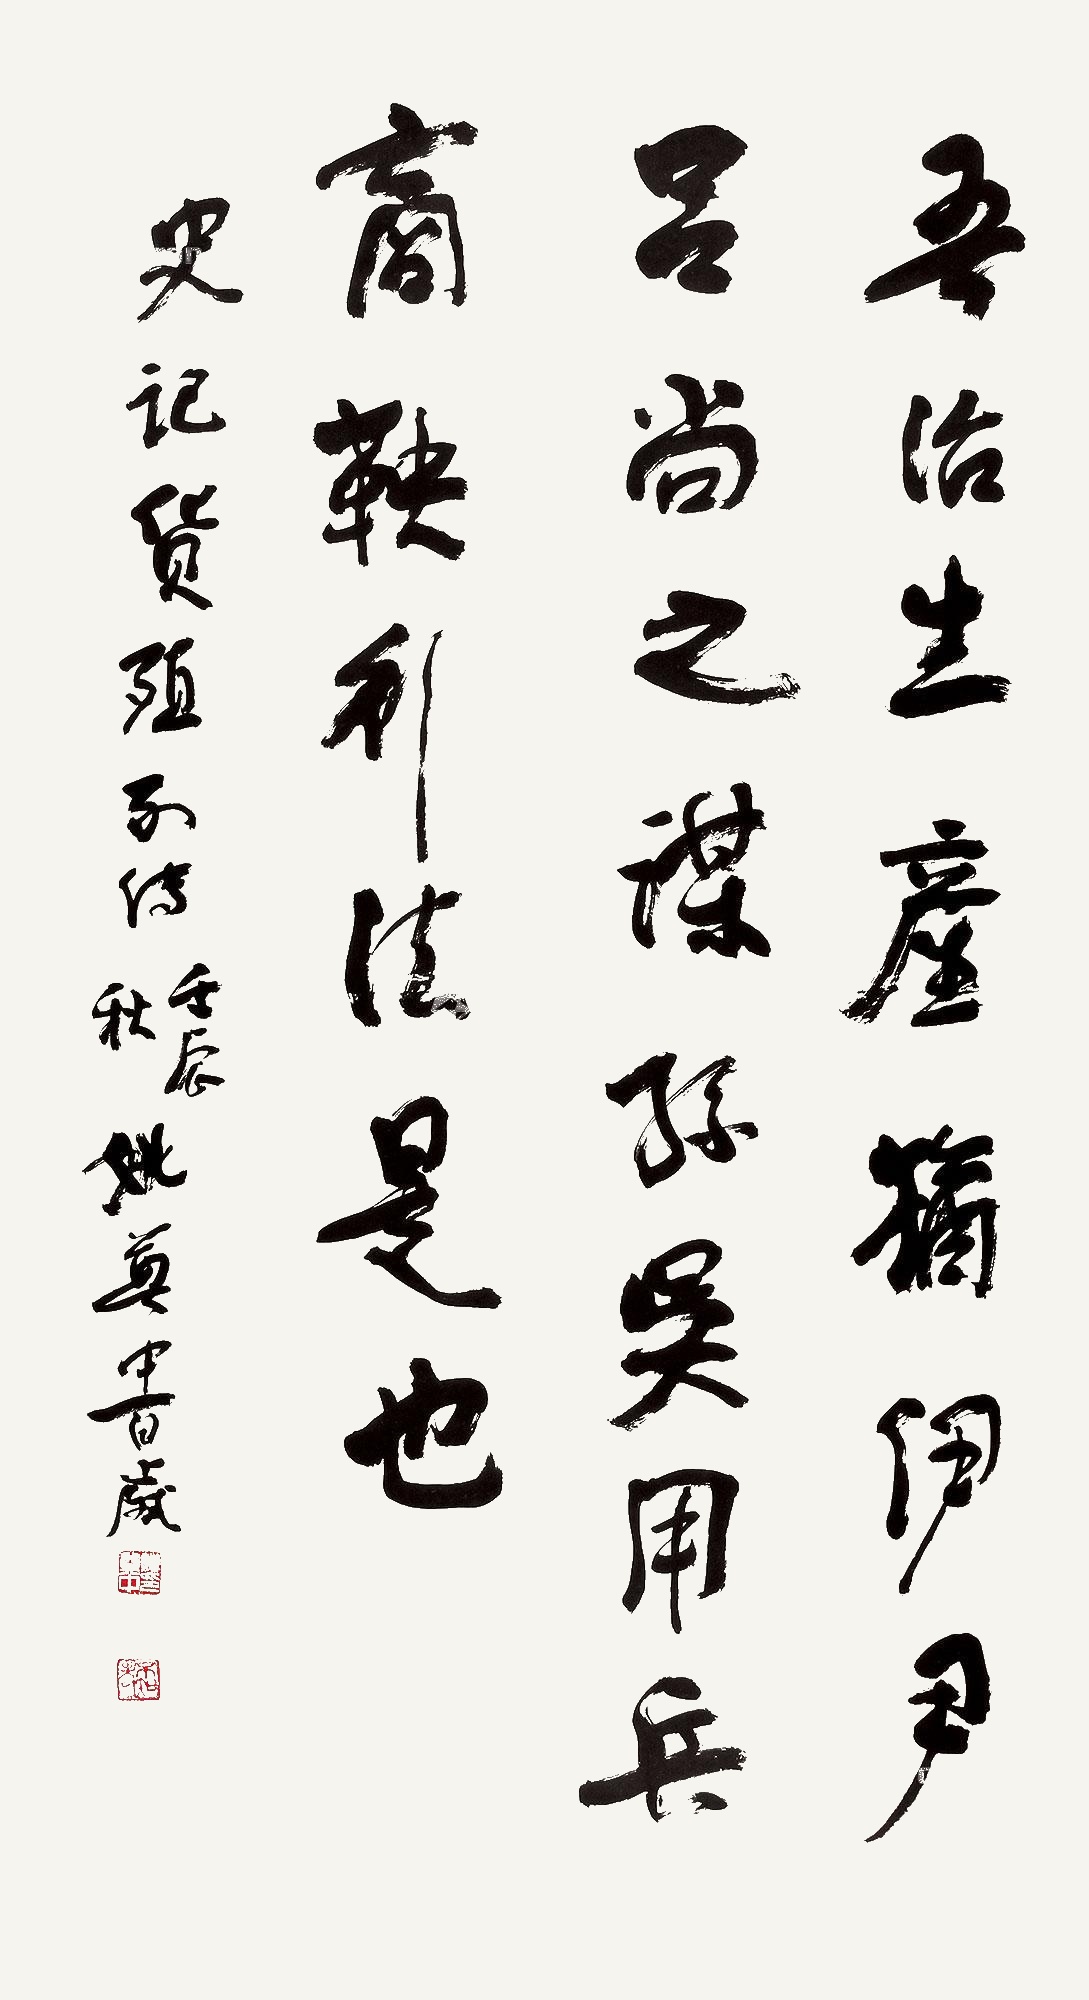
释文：吾治生产，犹伊尹、吕尚之谋、孙吴用兵、商鞅行法是也。史记货殖列传，壬辰秋姚奠中百岁。